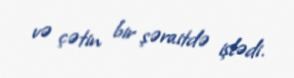
və çətin bir şəraitdə işlədi.